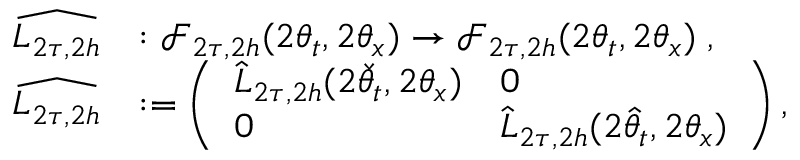
\begin{array} { r l } { \widehat { L _ { 2 \tau , 2 h } } } & { : \mathcal { F } _ { 2 \tau , 2 h } ( 2 \theta _ { t } , 2 \theta _ { x } ) \to \mathcal { F } _ { 2 \tau , 2 h } ( 2 \theta _ { t } , 2 \theta _ { x } ) \; , } \\ { \widehat { L _ { 2 \tau , 2 h } } } & { : = \left( \begin{array} { l l } { \hat { L } _ { 2 \tau , 2 h } ( 2 \check { \theta } _ { t } , 2 \theta _ { x } ) } & { 0 } \\ { 0 } & { \hat { L } _ { 2 \tau , 2 h } ( 2 \hat { \theta } _ { t } , 2 \theta _ { x } ) } \end{array} \right) , } \end{array}